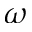
\omega